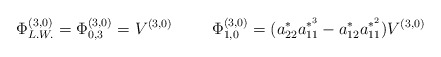
\begin{align*}\Phi_{L.W.}^{(3,0)} = \Phi_{0,3}^{(3,0)} =V^{(3,0)}\hspace{10mm}\Phi_{1,0}^{(3,0)} = ( a_{22}^{*}a_{11}^{*^{3}} -a_{12}^{*}a_{11}^{*^{2}} ) V^{(3,0)}\end{align*}